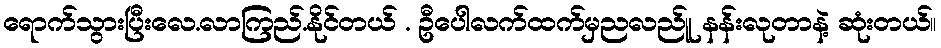
ရောက်သွားပြီးလေ.လာကြည်.နိုင်တယ် . ဦပေါလက်ထက်မှညလည်ူ နန်းလုတာနဲ့ ဆုံးတယ်။